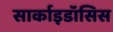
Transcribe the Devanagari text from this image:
सार्काइडॉसिस